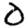
Digit: 0